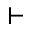
\vdash